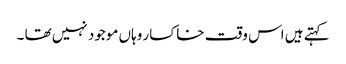
کہتے ہیں اس وقت خاکسار وہاں موجود نہیں تھا ۔